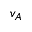
v _ { A }